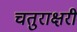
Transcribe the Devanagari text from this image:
चतुराक्षरी